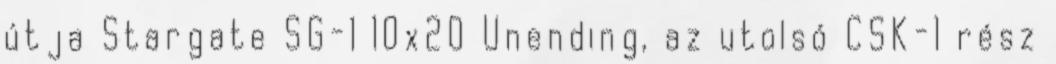
útja Stargate SG-1 10x20 Unending, az utolsó CSK-1 rész